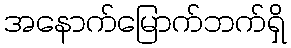
အနောက်မြောက်ဘက်ရှိ